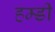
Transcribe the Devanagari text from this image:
हम्डी